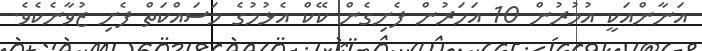
އަނާންއަކީ އުމުރުން 10 އަހަރުން ފެށިގެން ކޭކް އެޅުމުގެ މަސައްކަތް ފެށި ޒުވާނެކެވެ.